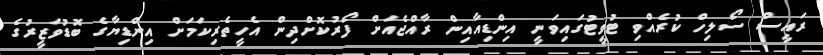
ރައީސް ސޯލިހް ކުރެއްވި ޓުވީޓުގައިވަނީ އިންޑިއާއިން ރާއްޖެއަށް ފޯރުކޮށްދިން އެހީތެރިކަމަށް އިންޑިޔާގެ ބޮޑުވަޒީރުގެ